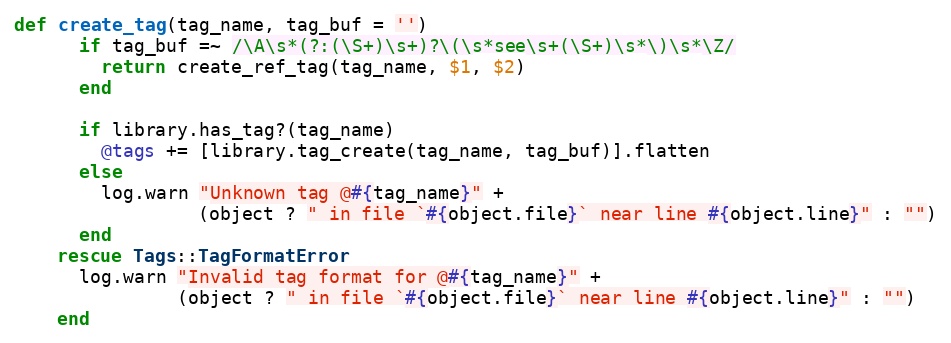
Language: Ruby
def create_tag(tag_name, tag_buf = '')
      if tag_buf =~ /\A\s*(?:(\S+)\s+)?\(\s*see\s+(\S+)\s*\)\s*\Z/
        return create_ref_tag(tag_name, $1, $2)
      end

      if library.has_tag?(tag_name)
        @tags += [library.tag_create(tag_name, tag_buf)].flatten
      else
        log.warn "Unknown tag @#{tag_name}" +
                 (object ? " in file `#{object.file}` near line #{object.line}" : "")
      end
    rescue Tags::TagFormatError
      log.warn "Invalid tag format for @#{tag_name}" +
               (object ? " in file `#{object.file}` near line #{object.line}" : "")
    end